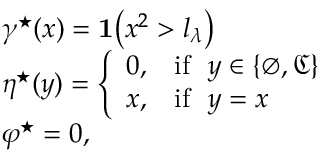
\begin{array} { r l } & { \gamma ^ { \star } ( x ) = \mathbf { 1 } \big ( x ^ { 2 } > l _ { \lambda } \big ) } \\ & { \eta ^ { \star } ( y ) = \left\{ \begin{array} { l l } { 0 , } & { \mathrm { i f } \ \ y \in \{ \varnothing , \mathfrak { C } \} } \\ { x , } & { \mathrm { i f } \ \ y = x } \end{array} \right. } \\ & { \varphi ^ { \star } = 0 , } \end{array}